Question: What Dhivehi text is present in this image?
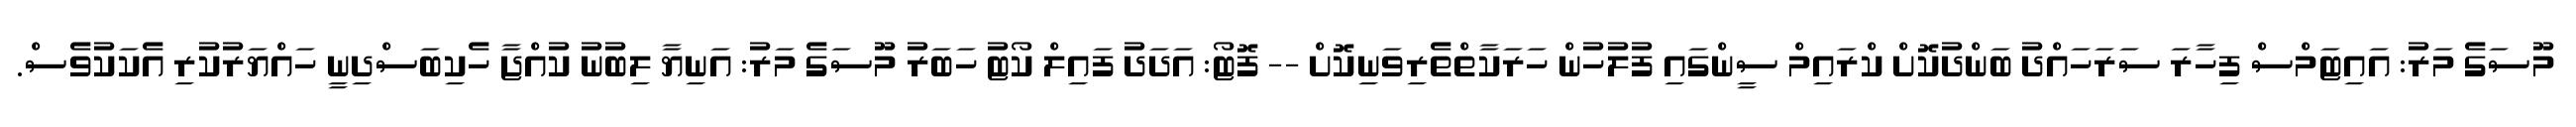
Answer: މޫސަގެ މަރު: އައިޓަމްސް ފިހާރަ ސަރަހައްދު ބަންދުކޮށް ކްރައިމް ސީންގައި ފުލުހުން ހަރަކާތްތެރިވަނިކޮށް -- ފޮޓޯ: އަދަދު ފައިލް ކޯޓު ހަބަރު މޫސަގެ މަރު: އަނިޔާ ލިބުނު ކުއްޖާ ހެކިބަސްދިނީ ހައްޔަރުކުރި އެކަކުވެސް.